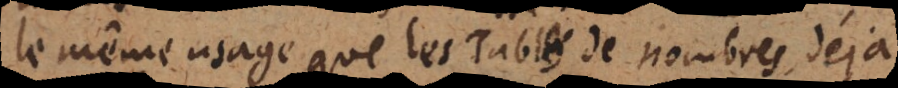
le même usage que les Tables de nombres déjà